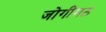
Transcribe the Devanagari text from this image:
जोगीमठ